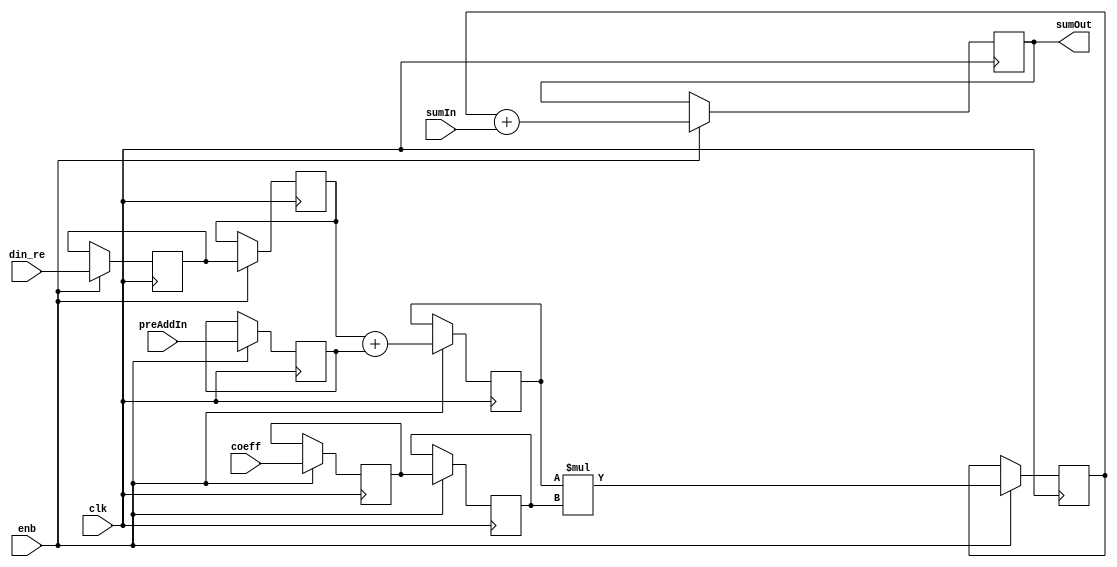
// -------------------------------------------------------------
// 
// 
// Generated by MATLAB 9.13 and HDL Coder 4.0
// 
// -------------------------------------------------------------


// -------------------------------------------------------------
// 
// Module: FilterTapSystolicPreAdd_block1
// Source Path: DUCforLTEHDL/HDL_DUC/Lowpass Interpolator/DUCforLTEHDL/HDL_DUC/Lowpass Interpolator/FIRFilter1/FilterTapSystolicPreAdd
// Hierarchy Level: 3
// 
// -------------------------------------------------------------

`timescale 1 ns / 1 ns

module FilterTapSystolicPreAdd_block1
          (clk,
           enb,
           din_re,
           preAddIn,
           coeff,
           sumIn,
           sumOut);


  input   clk;
  input   enb;
  input   signed [15:0] din_re;  // sfix16_En15
  input   signed [15:0] preAddIn;  // sfix16_En15
  input   signed [15:0] coeff;  // sfix16_En15
  input   signed [32:0] sumIn;  // sfix33_En30
  output  signed [32:0] sumOut;  // sfix33_En30


  reg signed [15:0] fTap_din1_reg1;  // sfix16
  reg signed [15:0] fTap_din1_reg2;  // sfix16
  reg signed [15:0] fTap_din2_reg1;  // sfix16
  reg signed [16:0] fTap_preAdd_reg;  // sfix17
  reg signed [32:0] fTap_mult_reg;  // sfix33
  reg signed [32:0] fTap_addout_reg;  // sfix33
  reg signed [15:0] fTap_coef_reg1;  // sfix16
  reg signed [15:0] fTap_coef_reg2;  // sfix16
  wire signed [16:0] fTap_preAdd_reg_next;  // sfix17_En15
  wire signed [32:0] fTap_mult_reg_next;  // sfix33_En30
  wire signed [32:0] fTap_addout_reg_next;  // sfix33_En30
  wire signed [16:0] fTap_add_cast;  // sfix17_En15
  wire signed [16:0] fTap_add_cast_1;  // sfix17_En15

  initial begin
    fTap_din1_reg1 = 16'sb0000000000000000;
    fTap_din1_reg2 = 16'sb0000000000000000;
    fTap_din2_reg1 = 16'sb0000000000000000;
    fTap_preAdd_reg = 17'sb00000000000000000;
    fTap_coef_reg1 = 16'sb0000000000000000;
    fTap_coef_reg2 = 16'sb0000000000000000;
    fTap_mult_reg = 33'sh000000000;
    fTap_addout_reg = 33'sh000000000;
  end

  // FilterTapSystolicPreAddS
  always @(posedge clk)
    begin : fTap_process
      if (enb) begin
        fTap_preAdd_reg <= fTap_preAdd_reg_next;
        fTap_mult_reg <= fTap_mult_reg_next;
        fTap_addout_reg <= fTap_addout_reg_next;
        fTap_din1_reg2 <= fTap_din1_reg1;
        fTap_din1_reg1 <= din_re;
        fTap_din2_reg1 <= preAddIn;
        fTap_coef_reg2 <= fTap_coef_reg1;
        fTap_coef_reg1 <= coeff;
      end
    end

  assign sumOut = fTap_addout_reg;
  assign fTap_addout_reg_next = fTap_mult_reg + sumIn;
  assign fTap_mult_reg_next = fTap_preAdd_reg * fTap_coef_reg2;
  assign fTap_add_cast = {fTap_din1_reg2[15], fTap_din1_reg2};
  assign fTap_add_cast_1 = {fTap_din2_reg1[15], fTap_din2_reg1};
  assign fTap_preAdd_reg_next = fTap_add_cast + fTap_add_cast_1;



endmodule  // FilterTapSystolicPreAdd_block1